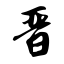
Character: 晋